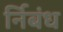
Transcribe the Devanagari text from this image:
र्निबंध